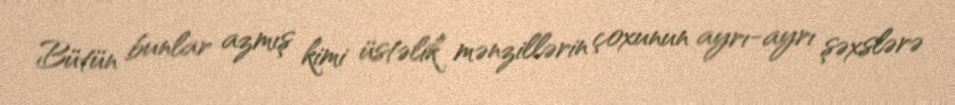
Bütün bunlar azmış kimi üstəlik mənzillərin çoxunun ayrı-ayrı şəxslərə